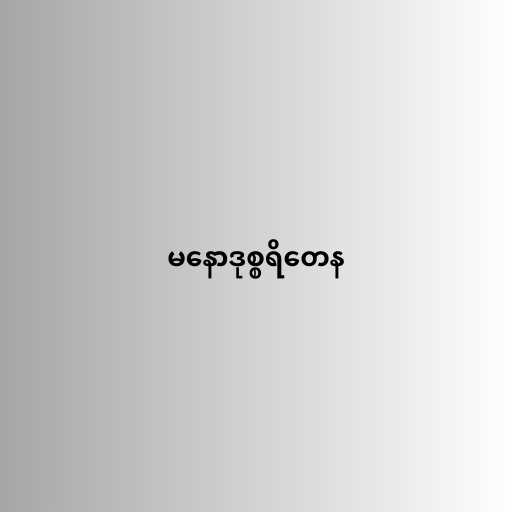
မနောဒုစ္စရိတေန